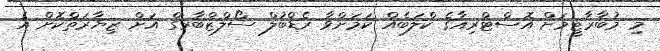
މި މުބާރާޓީމަށް އޮސްޓްރިއާގެ ކްލަބެއް ކަމަށްވާ ރެޑްބުލް ސޯލްޒްބާރގް އަށް ޒިޔާރަތްކޮށް އެ